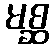
မစ္ဆ